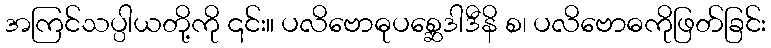
အကြင်သပ္ပါယတို့ကို ၎င်း။ ပလိဗောဓုပစ္ဆေဒါဒီနိ စ၊ ပလိဗောဓကိုဖြတ်ခြင်း